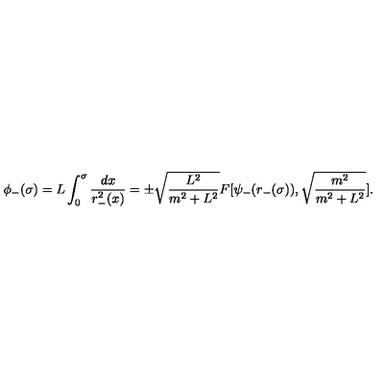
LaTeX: \phi _ { - } ( \sigma ) = L \int _ { 0 } ^ { \sigma } \frac { d x } { r _ { - } ^ { 2 } ( x ) } = \pm \sqrt { \frac { L ^ { 2 } } { m ^ { 2 } + L ^ { 2 } } } F [ \psi _ { - } ( r _ { - } ( \sigma ) ) , \sqrt { \frac { m ^ { 2 } } { m ^ { 2 } + L ^ { 2 } } } ] .